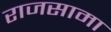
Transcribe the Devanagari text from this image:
राजसामा